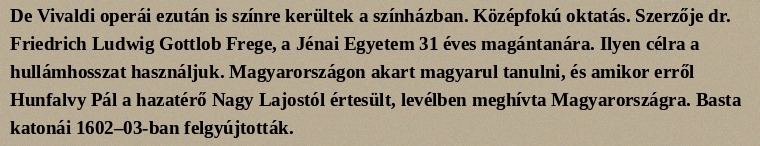
De Vivaldi operái ezután is színre kerültek a színházban. Középfokú oktatás. Szerzője dr. Friedrich Ludwig Gottlob Frege, a Jénai Egyetem 31 éves magántanára. Ilyen célra a hullámhosszat használjuk. Magyarországon akart magyarul tanulni, és amikor erről Hunfalvy Pál a hazatérő Nagy Lajostól értesült, levélben meghívta Magyarországra. Basta katonái 1602–03-ban felgyújtották.